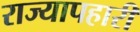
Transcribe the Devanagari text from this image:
राज्यापहारी